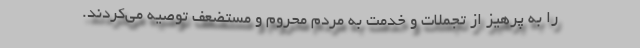
را به پرهیز از تجملات و خدمت به مردم محروم و مستضعف توصیه می‌کردند.